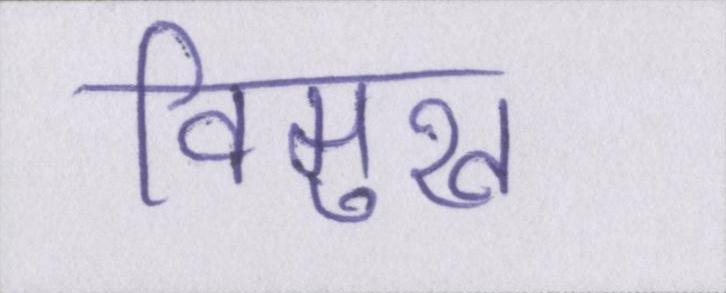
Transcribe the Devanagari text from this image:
विमुख